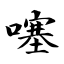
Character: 噻